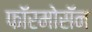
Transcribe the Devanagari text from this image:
फॉरमोसॅन